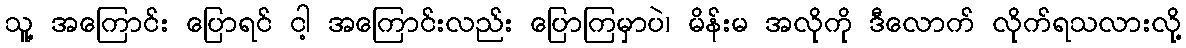
သူ့ အကြောင်း ပြောရင် ငါ့ အကြောင်းလည်း ပြောကြမှာပဲ၊ မိန်းမ အလိုကို ဒီလောက် လိုက်ရသလားလို့